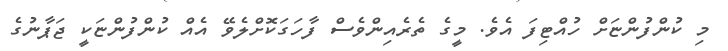
މި ކުންފުންޏަށް ހުއްޓިފަ އެވެ. މީގެ ތެރެއިންވެސް ފާހަގަކޮށްލެވޭ އެއް ކުންފުންޏަކީ ޖަޕާނުގެ